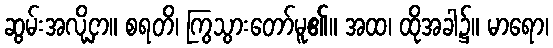
ဆွမ်းအလို့ငှာ။ စရတိ၊ ကြွသွားတော်မူ၏။ အထ၊ ထိုအခါ၌။ မာရော၊